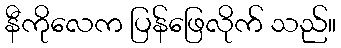
နီကိုလေက ပြန်ဖြေလိုက် သည်။